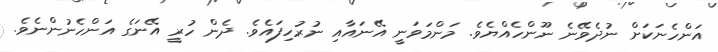
އަންހެނަކަށް ނުދެވޭނެ ނޫންހެއްޔެވެ. މަންމަވަނީ އޭނައާއި ނުރުހިފައެވެ. ދެން ހުރީ އޭނަގެ އަންހެނުންނެވެ.